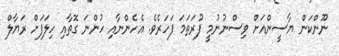
ނޫންކަން ޔާސީންއަށް ވިސްނުނުމީ ފުރަތަމަ ފަހަރެވެ. އެހެންނާއި ހުންނަ ގޮތާއި ހިލަފަށް ރަޔާލް